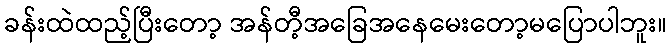
ခန်းထဲထည့်ပြီးတော့ အန်တီ့အခြေအနေမေးတော့မပြောပါဘူး။